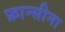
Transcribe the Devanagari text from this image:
फ्रान्सीना